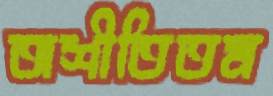
অশীতিতম